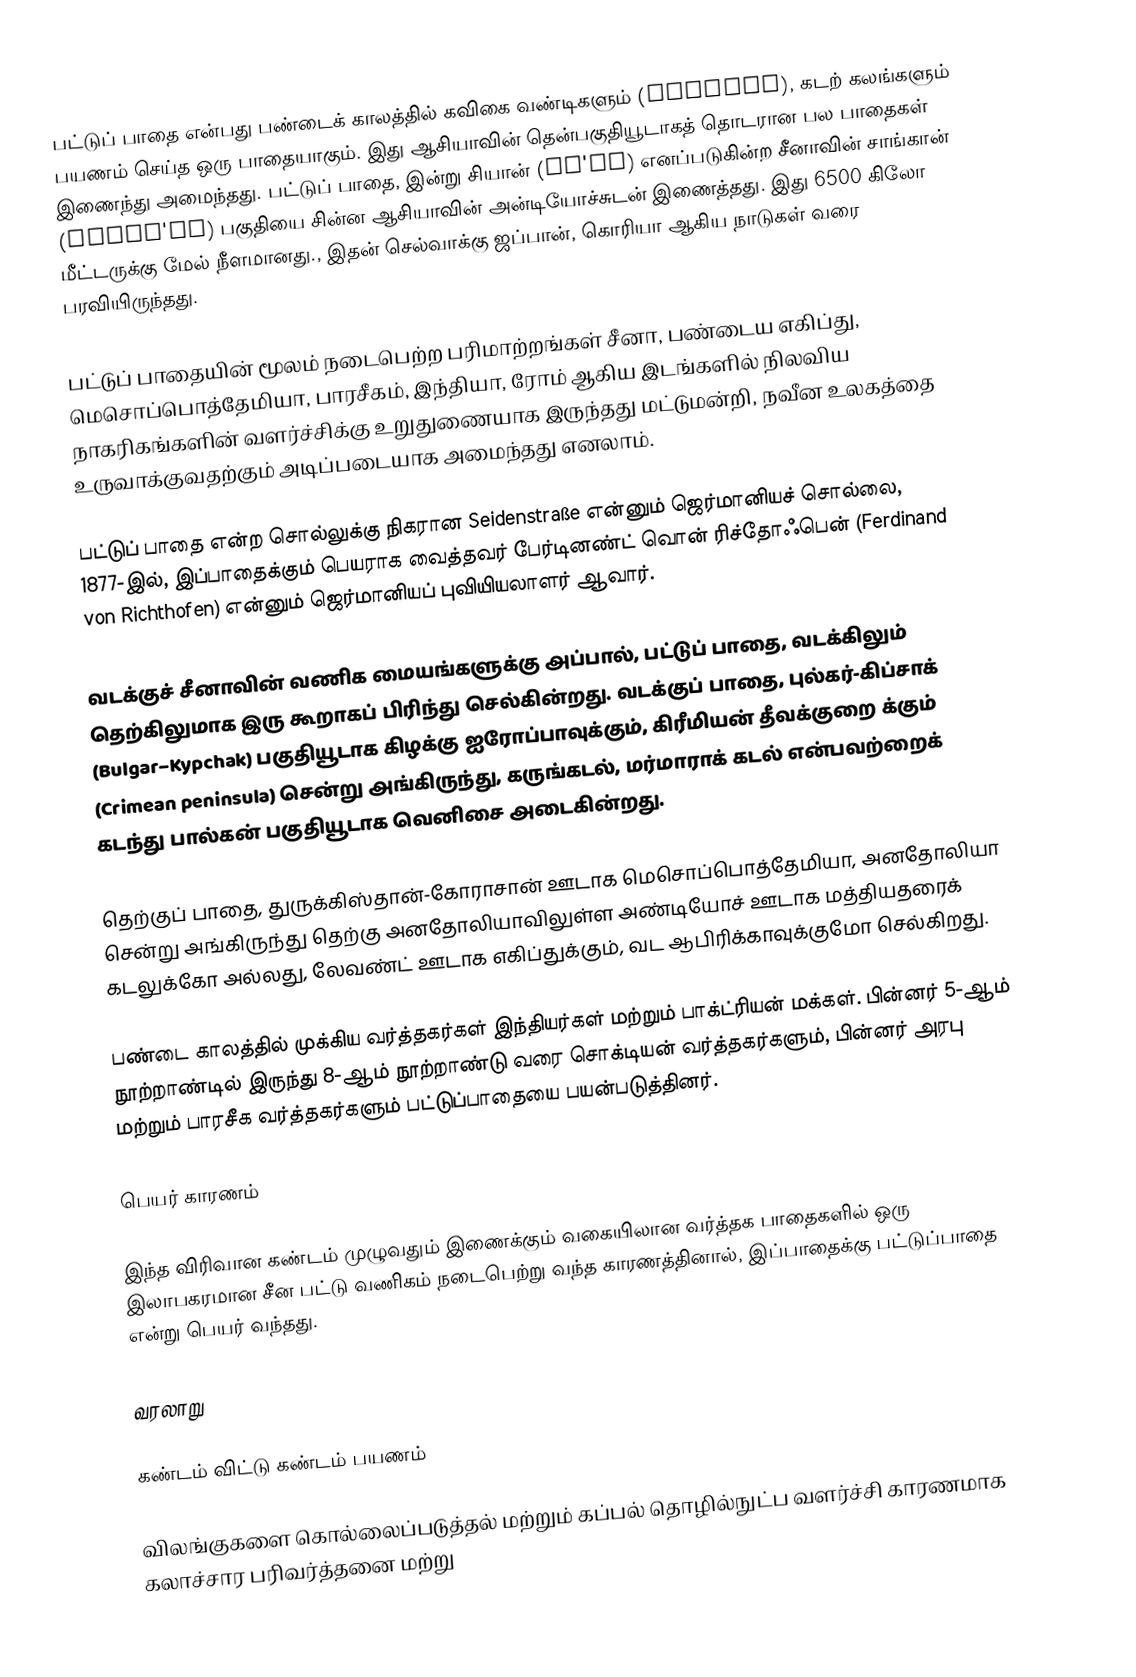
பட்டுப் பாதை என்பது பண்டைக் காலத்தில் கவிகை வண்டிகளும் (caravan), கடற் கலங்களும் பயணம் செய்த ஒரு பாதையாகும். இது ஆசியாவின் தென்பகுதியூடாகத் தொடரான பல பாதைகள் இணைந்து அமைந்தது. பட்டுப் பாதை, இன்று சியான் (Xi'an) எனப்படுகின்ற சீனாவின் சாங்கான் (Chang'an) பகுதியை சின்ன ஆசியாவின் அன்டியோச்சுடன் இணைத்தது. இது 6500 கிலோ மீட்டருக்கு மேல் நீளமானது., இதன் செல்வாக்கு ஜப்பான், கொரியா ஆகிய நாடுகள் வரை பரவியிருந்தது.

பட்டுப் பாதையின் மூலம் நடைபெற்ற பரிமாற்றங்கள் சீனா, பண்டைய எகிப்து, மெசொப்பொத்தேமியா, பாரசீகம், இந்தியா, ரோம் ஆகிய இடங்களில் நிலவிய நாகரிகங்களின் வளர்ச்சிக்கு உறுதுணையாக இருந்தது மட்டுமன்றி, நவீன உலகத்தை உருவாக்குவதற்கும் அடிப்படையாக அமைந்தது எனலாம்.

பட்டுப் பாதை என்ற சொல்லுக்கு நிகரான Seidenstraße என்னும் ஜெர்மானியச் சொல்லை, 1877-இல், இப்பாதைக்கும் பெயராக வைத்தவர் பேர்டினண்ட் வொன் ரிச்தோஃபென் (Ferdinand von Richthofen) என்னும் ஜெர்மானியப் புவியியலாளர் ஆவார்.

வடக்குச் சீனாவின் வணிக மையங்களுக்கு அப்பால், பட்டுப் பாதை, வடக்கிலும் தெற்கிலுமாக இரு கூறாகப் பிரிந்து செல்கின்றது. வடக்குப் பாதை, புல்கர்-கிப்சாக் (Bulgar–Kypchak) பகுதியூடாக கிழக்கு ஐரோப்பாவுக்கும், கிரீமியன் தீவக்குறை க்கும் (Crimean peninsula) சென்று அங்கிருந்து, கருங்கடல், மர்மாராக் கடல் என்பவற்றைக் கடந்து பால்கன் பகுதியூடாக வெனிசை அடைகின்றது.

தெற்குப் பாதை, துருக்கிஸ்தான்-கோராசான் ஊடாக மெசொப்பொத்தேமியா, அனதோலியா சென்று அங்கிருந்து தெற்கு அனதோலியாவிலுள்ள அண்டியோச் ஊடாக மத்தியதரைக் கடலுக்கோ அல்லது, லேவண்ட் ஊடாக எகிப்துக்கும், வட ஆபிரிக்காவுக்குமோ செல்கிறது.

பண்டை காலத்தில் முக்கிய வர்த்தகர்கள் இந்தியர்கள் மற்றும் பாக்ட்ரியன் மக்கள். பின்னர் 5-ஆம் நூற்றாண்டில் இருந்து 8-ஆம் நூற்றாண்டு வரை சொக்டியன் வர்த்தகர்களும், பின்னர் அரபு மற்றும் பாரசீக வர்த்தகர்களும் பட்டுப்பாதையை பயன்படுத்தினர்.

பெயர் காரணம்

இந்த விரிவான கண்டம் முழுவதும் இணைக்கும் வகையிலான வர்த்தக பாதைகளில் ஒரு இலாபகரமான சீன பட்டு வணிகம் நடைபெற்று வந்த காரணத்தினால், இப்பாதைக்கு பட்டுப்பாதை என்று பெயர் வந்தது.

வரலாறு

கண்டம் விட்டு கண்டம் பயணம்

விலங்குகளை கொல்லைப்படுத்தல் மற்றும் கப்பல் தொழில்நுட்ப வளர்ச்சி காரணமாக கலாச்சார பரிவர்த்தனை மற்று